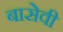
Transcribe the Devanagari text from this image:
बासेवी